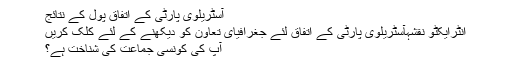
آسٹریلوی پارٹی کے اتفاق پول کے نتائج
انٹرایکٹو نقشہآسٹریلوی پارٹی کے اتفاق لئے جغرافیای تعاون کو دیکھنے کے لئے کلک کریں
آپ کی کونسی جماعت کی شناخت ہے؟